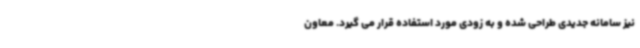
نیز سامانه جدیدی طراحی شده و به زودی مورد استفاده قرار می گیرد. معاون